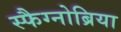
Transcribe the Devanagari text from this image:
स्फैग्नोब्रिया